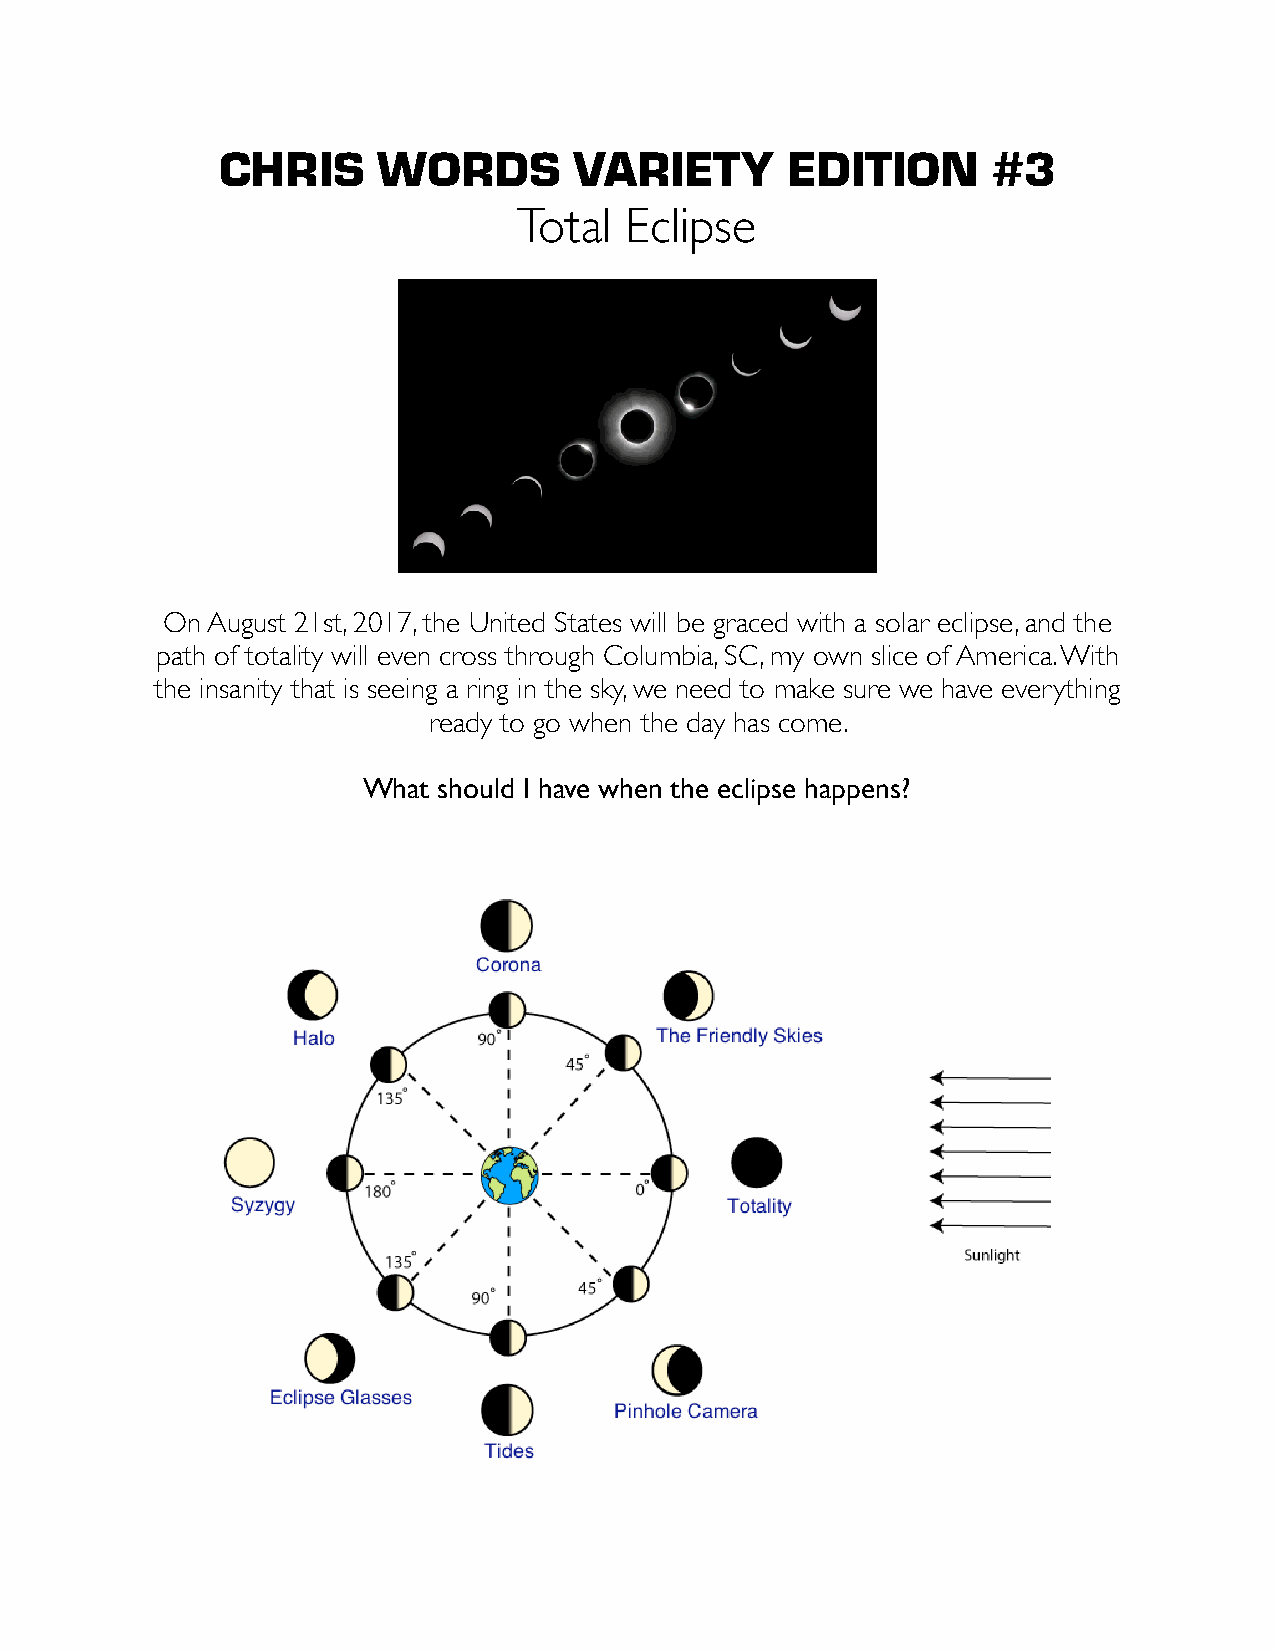
CHRIS      WORDS        VARIETY       EDITION       #3
 Total  Eclipse
 On August 21st, 2017, the United States will be graced with a solar eclipse, and the
 path of totality will even cross through Columbia, SC, my own slice of America. With
 the insanity that is seeing a ring in the sky, we need to make sure we have everything
 ready to go when the day has come.
 What should I have when the eclipse happens?